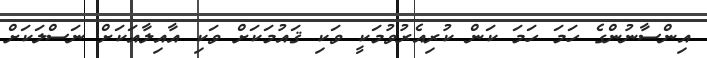
އިންސާނުންގެ ހަމަ ހަމަ ކަން ކުރިއެރުވުމަކީ ވަކި ޤައުމަކަށް ވަކި އާއިލާއަކަށް ނަސްލަކަށް